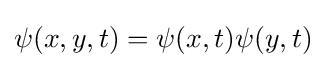
\psi (x,y,t)=\psi (x,t)\psi (y,t)